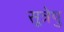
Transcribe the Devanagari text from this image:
सूत्रेषु